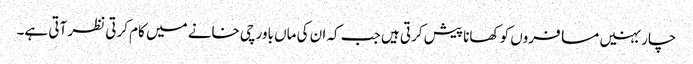
چار بہنیں مسافروں کو کھانا پیش کرتی ہیں جب کہ ان کی ماں باورچی خانے میں کام کرتی نظر آتی ہے۔